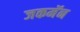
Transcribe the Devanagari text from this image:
जकमॅन